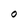
Character: O